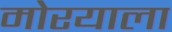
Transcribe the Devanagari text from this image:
मोरयाला